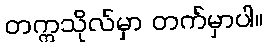
တက္ကသိုလ်မှာ တက်မှာပါ။